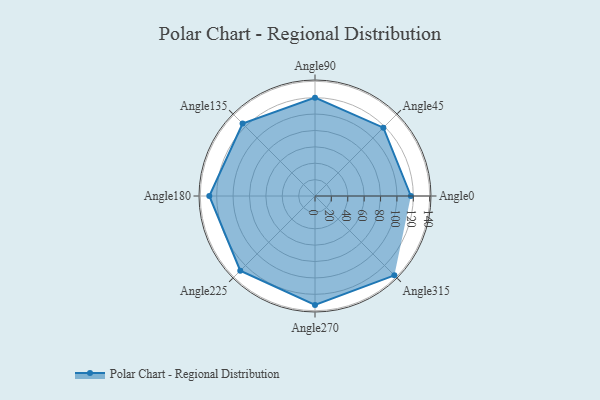
{"axis": {"x": "Angle", "y": "Radius"}, "legend": [""], "data": [{"x": "Angle0", "y": 117.0, "type": ""}, {"x": "Angle45", "y": 118.0, "type": ""}, {"x": "Angle90", "y": 120.0, "type": ""}, {"x": "Angle135", "y": 125.0, "type": ""}, {"x": "Angle180", "y": 129.0, "type": ""}, {"x": "Angle225", "y": 129.0, "type": ""}, {"x": "Angle270", "y": 133.0, "type": ""}, {"x": "Angle315", "y": 137.0, "type": ""}]}